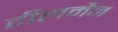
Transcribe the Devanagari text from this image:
टीलमैन